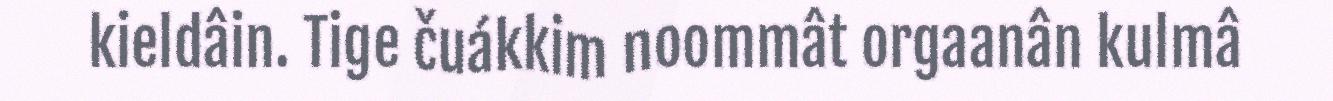
kieldâin. Tige čuákkim noommât orgaanân kulmâ